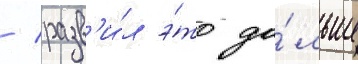
/ разв'и́л э́то да́льше